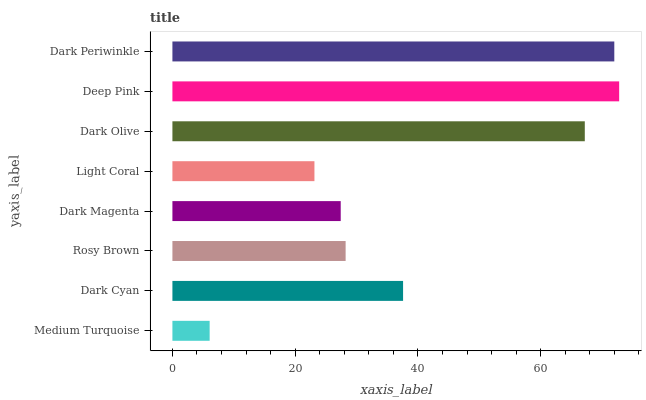
| yaxis_label | bars |
 | --- | --- |
 | Medium Turquoise | 6.07 |
 | Dark Cyan | 37.6 |
 | Rosy Brown | 28.2 |
 | Dark Magenta | 27.4 |
 | Light Coral | 23.1 |
 | Dark Olive | 67.2 |
 | Deep Pink | 72.8 |
 | Dark Periwinkle | 72 |